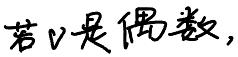
若 \(v\) 是偶数，